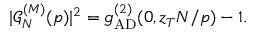
| \mathcal { G } _ { N } ^ { ( M ) } ( p ) | ^ { 2 } = g _ { \mathrm { A D } } ^ { ( 2 ) } ( 0 , z _ { T } N / p ) - 1 .